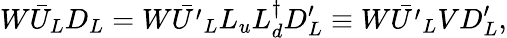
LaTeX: W\bar{U}_{L}D_{L}=W\bar{U^{\prime}}_{L}L_{u}L_{d}^{\dagger}D_{L}^{\prime}\equiv W\bar{U^{\prime}}_{L}VD_{L}^{\prime},